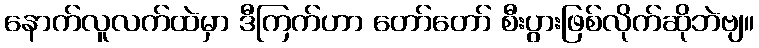
နောက်လူလက်ထဲမှာ ဒီကြက်ဟာ တော်တော် စီးပွားဖြစ်လိုက်ဆိုဘဲဗျ။